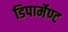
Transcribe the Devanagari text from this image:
डिपार्मेण्ट